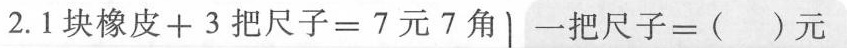
2.1块橡皮+3把尺子=7元7角 一把尺子=（ ）元